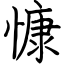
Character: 慷